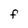
Character: f